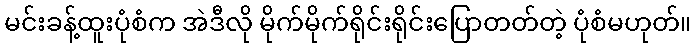
မင်းခန့်ထူးပုံစံက အဲဒီလို မိုက်မိုက်ရိုင်းရိုင်းပြောတတ်တဲ့ ပုံစံမဟုတ်။